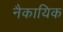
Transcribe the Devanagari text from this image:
नैकायिक